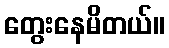
တွေးနေမိတယ်။